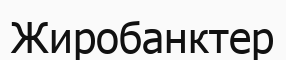
Жиробанктер